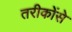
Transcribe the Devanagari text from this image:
तरीकोंसे